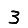
Digit: 3